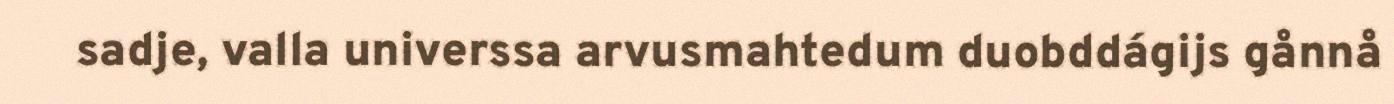
sadje, valla universsa arvusmahtedum duobddágijs gånnå